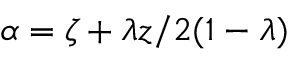
\alpha = \zeta + \lambda z / 2 ( 1 - \lambda )